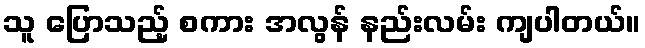
သူ ပြောသည့် စကား အလွန် နည်းလမ်း ကျပါတယ်။